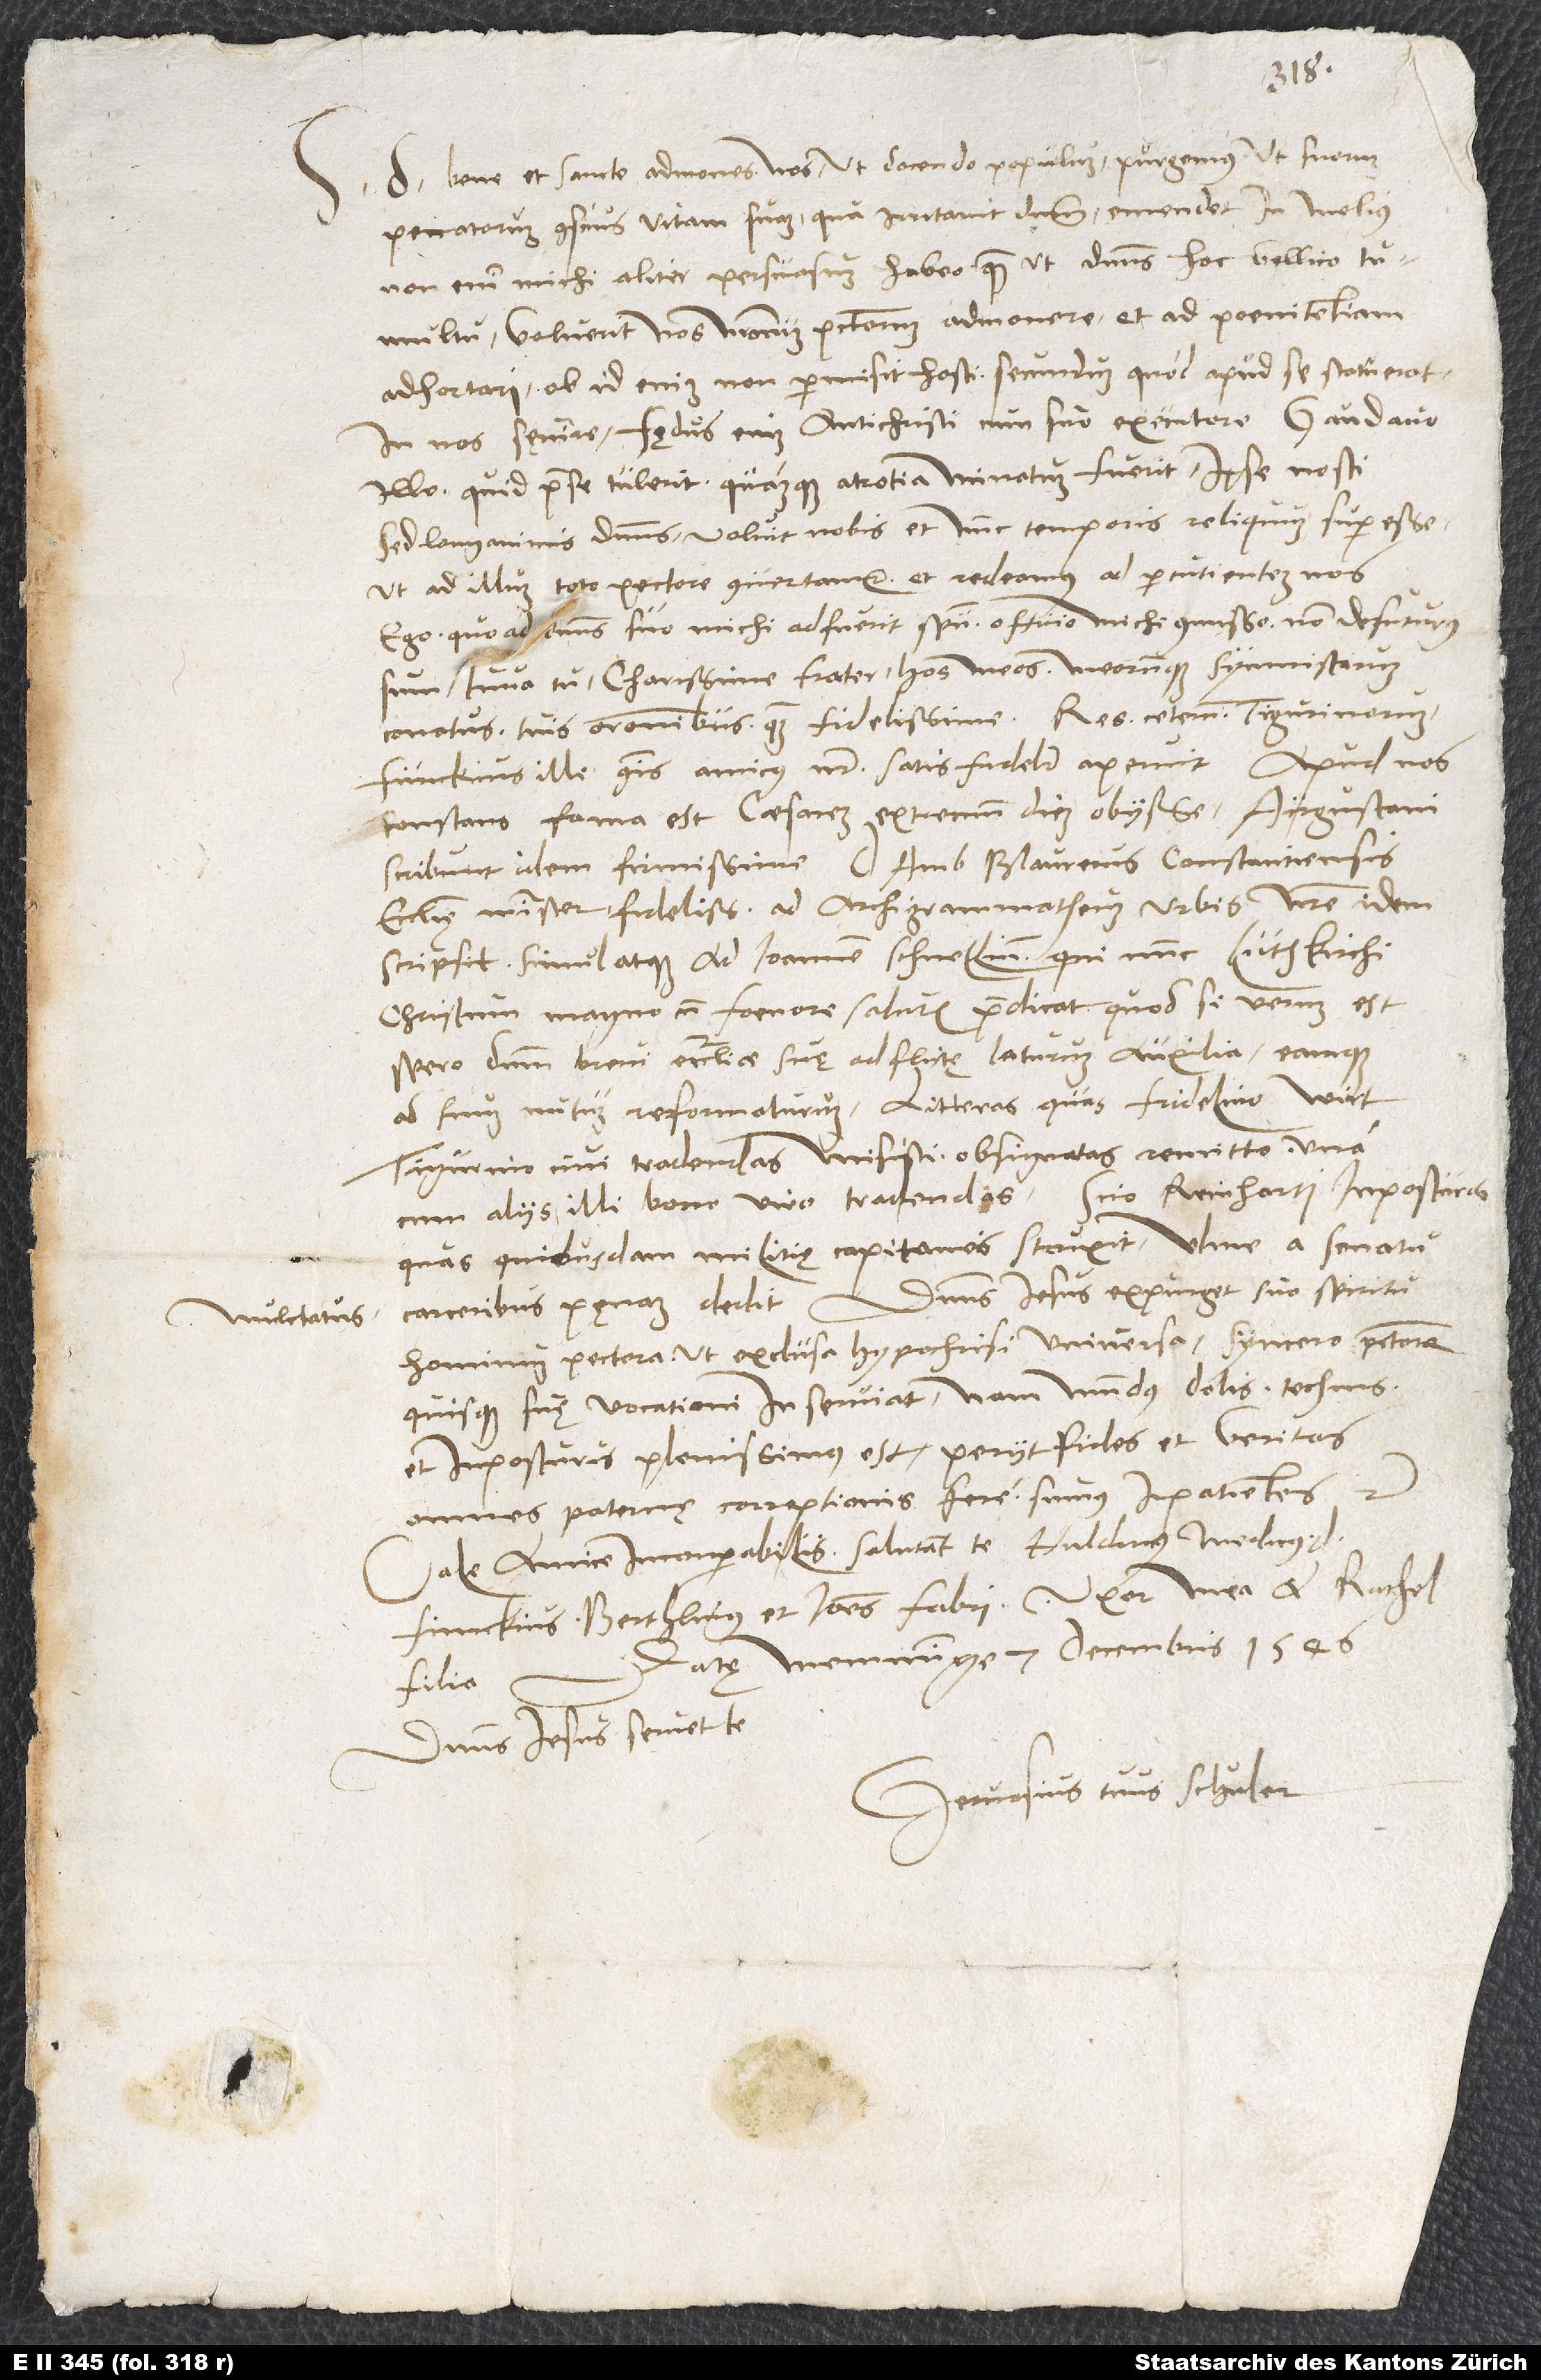
mulctatus

D. Bene et sancte admones nos, ut docendo populum purgemus, ut suorum
peccatorum conscius vitam suam, qua irritavit dominum, emendet in melius.
Non enim michi aliter persuasum habeo, quam ut dominus hoc bellico
tumultu voluerit nos nostrorum peccatorum admonere et ad poenitentiam
adhortari. Ob id enim non permisit hosti, secundum quod apud se statuerat,
in nos sęvire. Fędus enim antichristi cum suo executore Gandavo
illo, quid prae se tulerit quamque atrotia minatum fuerit, ipse nosti.
Sed longanimus dominus voluit nobis et nunc temporis reliquum superesse,
ut ad illum toto pectore convertamur et redeamus ad percutientem nos.
Ego, quoad dominus suo michi adfuerit spiritu, officio michi commisso non defuturus
sum. Iuva tu, charissime frater, hos meos meorumque symmistarum
conatus tuis orationibus quam fidelissime! Res ceterum Tigurinorum
Funckius, ille communis amicus noster, satis fideliter aperuit. Apud nos
constans fama est caesarem extremum diem obiisse. Augustani
scribunt idem firmissime. Ambrosius Blaurerus, Constantiensis
ecclesię minister fidelissimus, ad archigrammatheum urbis nostre idem
scripsit simul atque ad Ioannem Schnellium, qui nunc Luthkirchi
Christum magno cum foenore salutis praedicat. Quod si verum est,
spero dominum brevi ecclesiae suę adflictę laturum auxilia eamque
ad suum nutum reformaturum. Litteras, quas Fridelino Wirt,
Tigurino civi, tradendas misisti, obsignatas remitto una
cum aliis illi bono viro tradendis. Scio Reinharti imposturas,
quas quibusdam militię capitaneis struxit. Ulme a senatu
carceribus pęnam dedit. Dominus Iesus expurget suo spiritu
hominum pectora, ut exclusa hypochrisi universa syncero pectore
quisque suę vocationi inserviat. Nam mundus dolis, technis
et imposturis plenissimus est. Periit fides et veritas.
Omnes paternę correptionis fere sumus inpatientes, etc.
Vale, amice inconparabilis. Salutant te Huldricus medicus, d.
Funckius, Berthlinus et Ioannes Fabri, uxor mea et Rachel
Datę Memminge, 7. decembris 1546.
filia.
Dominus Iesus servet te.
Gervasius tuus Schuͦler.